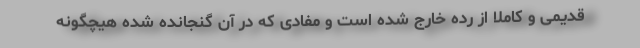
قدیمی و کاملا از رده خارج شده است و مفادی که در آن گنجانده شده هیچگونه